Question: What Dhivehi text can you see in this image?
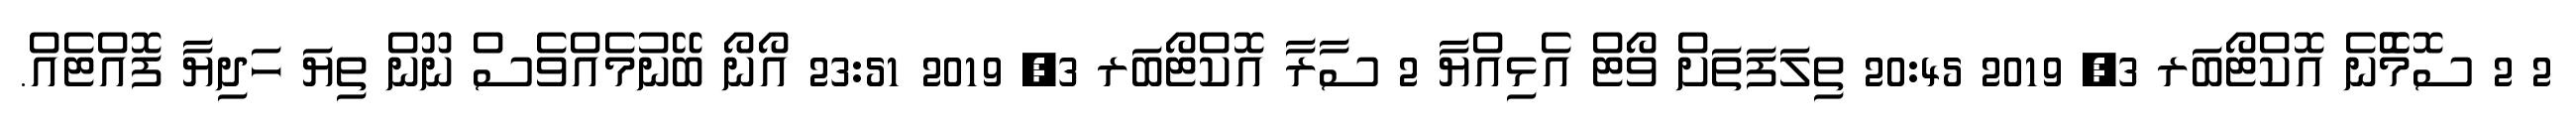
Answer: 2 2 ސޮމެޮނެ އޮކްޓޯބަރ 3, 2019 20:45 ތިލަފަތަށް ވޯޓް އެޅިއްޔާ 2 ސާރާ އޮކްޓޯބަރ 3, 2019 23:51 އޯނޯ ބޭނުމެއްވެސް ނޫން ތިޔަ ހަދިޔާ ފޮއްޓެއް.